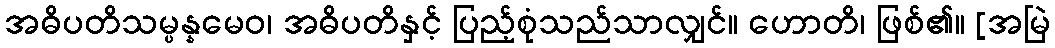
အဓိပတိသမ္ပန္နမေဝ၊ အဓိပတိနှင့် ပြည့်စုံသည်သာလျှင်။ ဟောတိ၊ ဖြစ်၏။ [အမြဲ